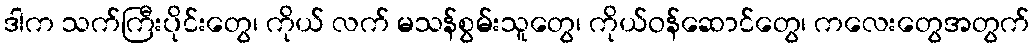
ဒါက သက်ကြီးပိုင်းတွေ၊ ကိုယ် လက် မသန်စွမ်းသူတွေ၊ ကိုယ်ဝန်ဆောင်တွေ၊ ကလေးတွေအတွက်